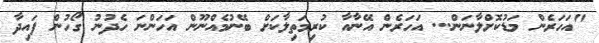
"އަހަރެން މަޑުކޮށްލާނަން... އަހަރެން އޭނާއާ ކުރިމަތިލާކަށް ބޭނުމެއްނޫން އަހަންނަ ހެދުނު ގޯހުން ފައިދާ